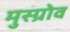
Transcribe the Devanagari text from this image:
मुस्ग्रोव